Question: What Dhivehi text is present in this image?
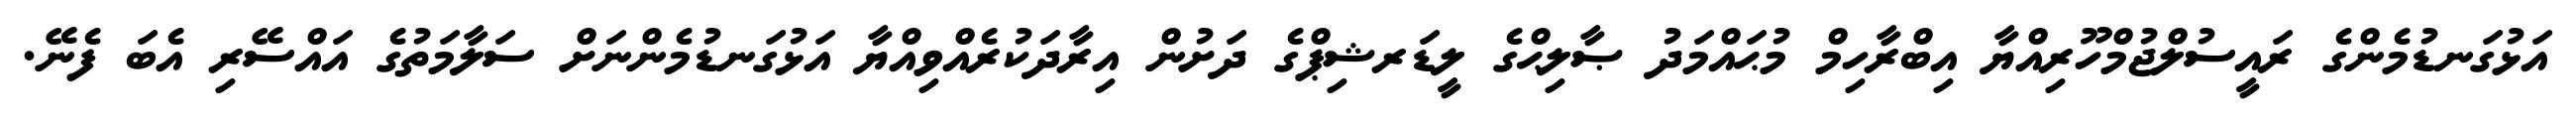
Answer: އަޅުގަނޑުމެންގެ ރައީސުލްޖުމްހޫރިއްޔާ އިބްރާހިމް މުޙައްމަދު ޞާލިޙްގެ ލީޑަރޝިޕްގެ ދަށުން އިރާދަކުރެއްވިއްޔާ އަޅުގަނޑުމެންނަށް ސަލާމަތުގެ އައްސޭރި އެބަ ފެނޭ.